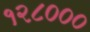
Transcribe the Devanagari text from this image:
१२८०००